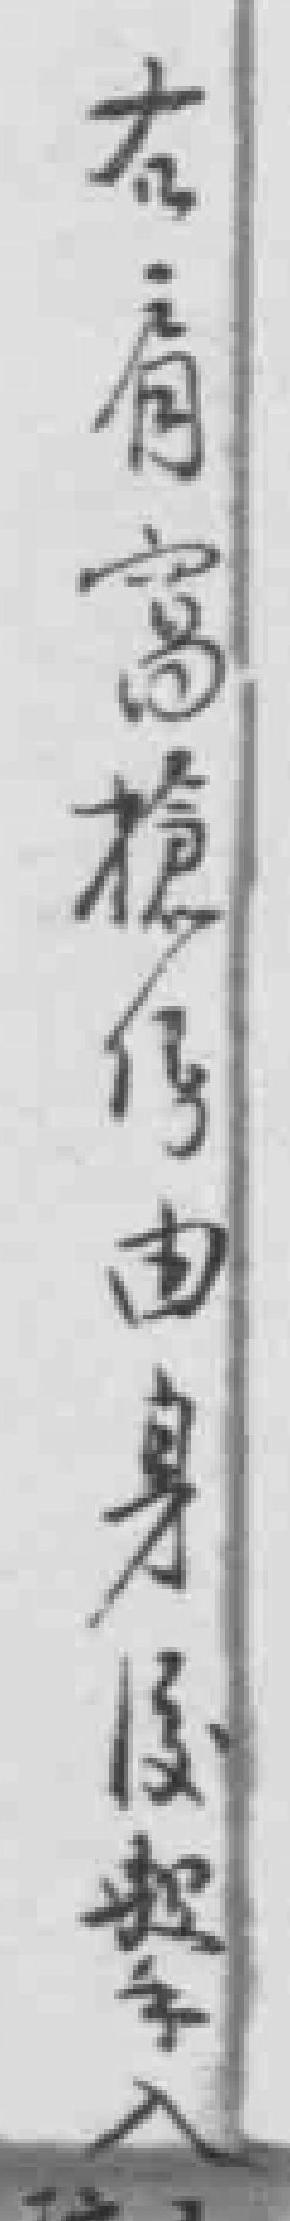
右肩窩槍傷由身後*入